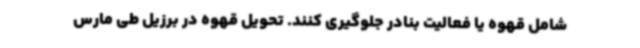
شامل قهوه یا فعالیت بنادر جلوگیری کنند. تحویل قهوه در برزیل طی مارس